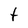
Character: t